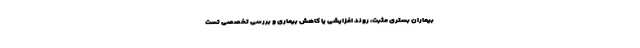
بیماران بستری مثبت، روند افزایشی یا کاهش بیماری و بررسی تخصصی تست